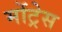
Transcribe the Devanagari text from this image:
मोंट्रेस